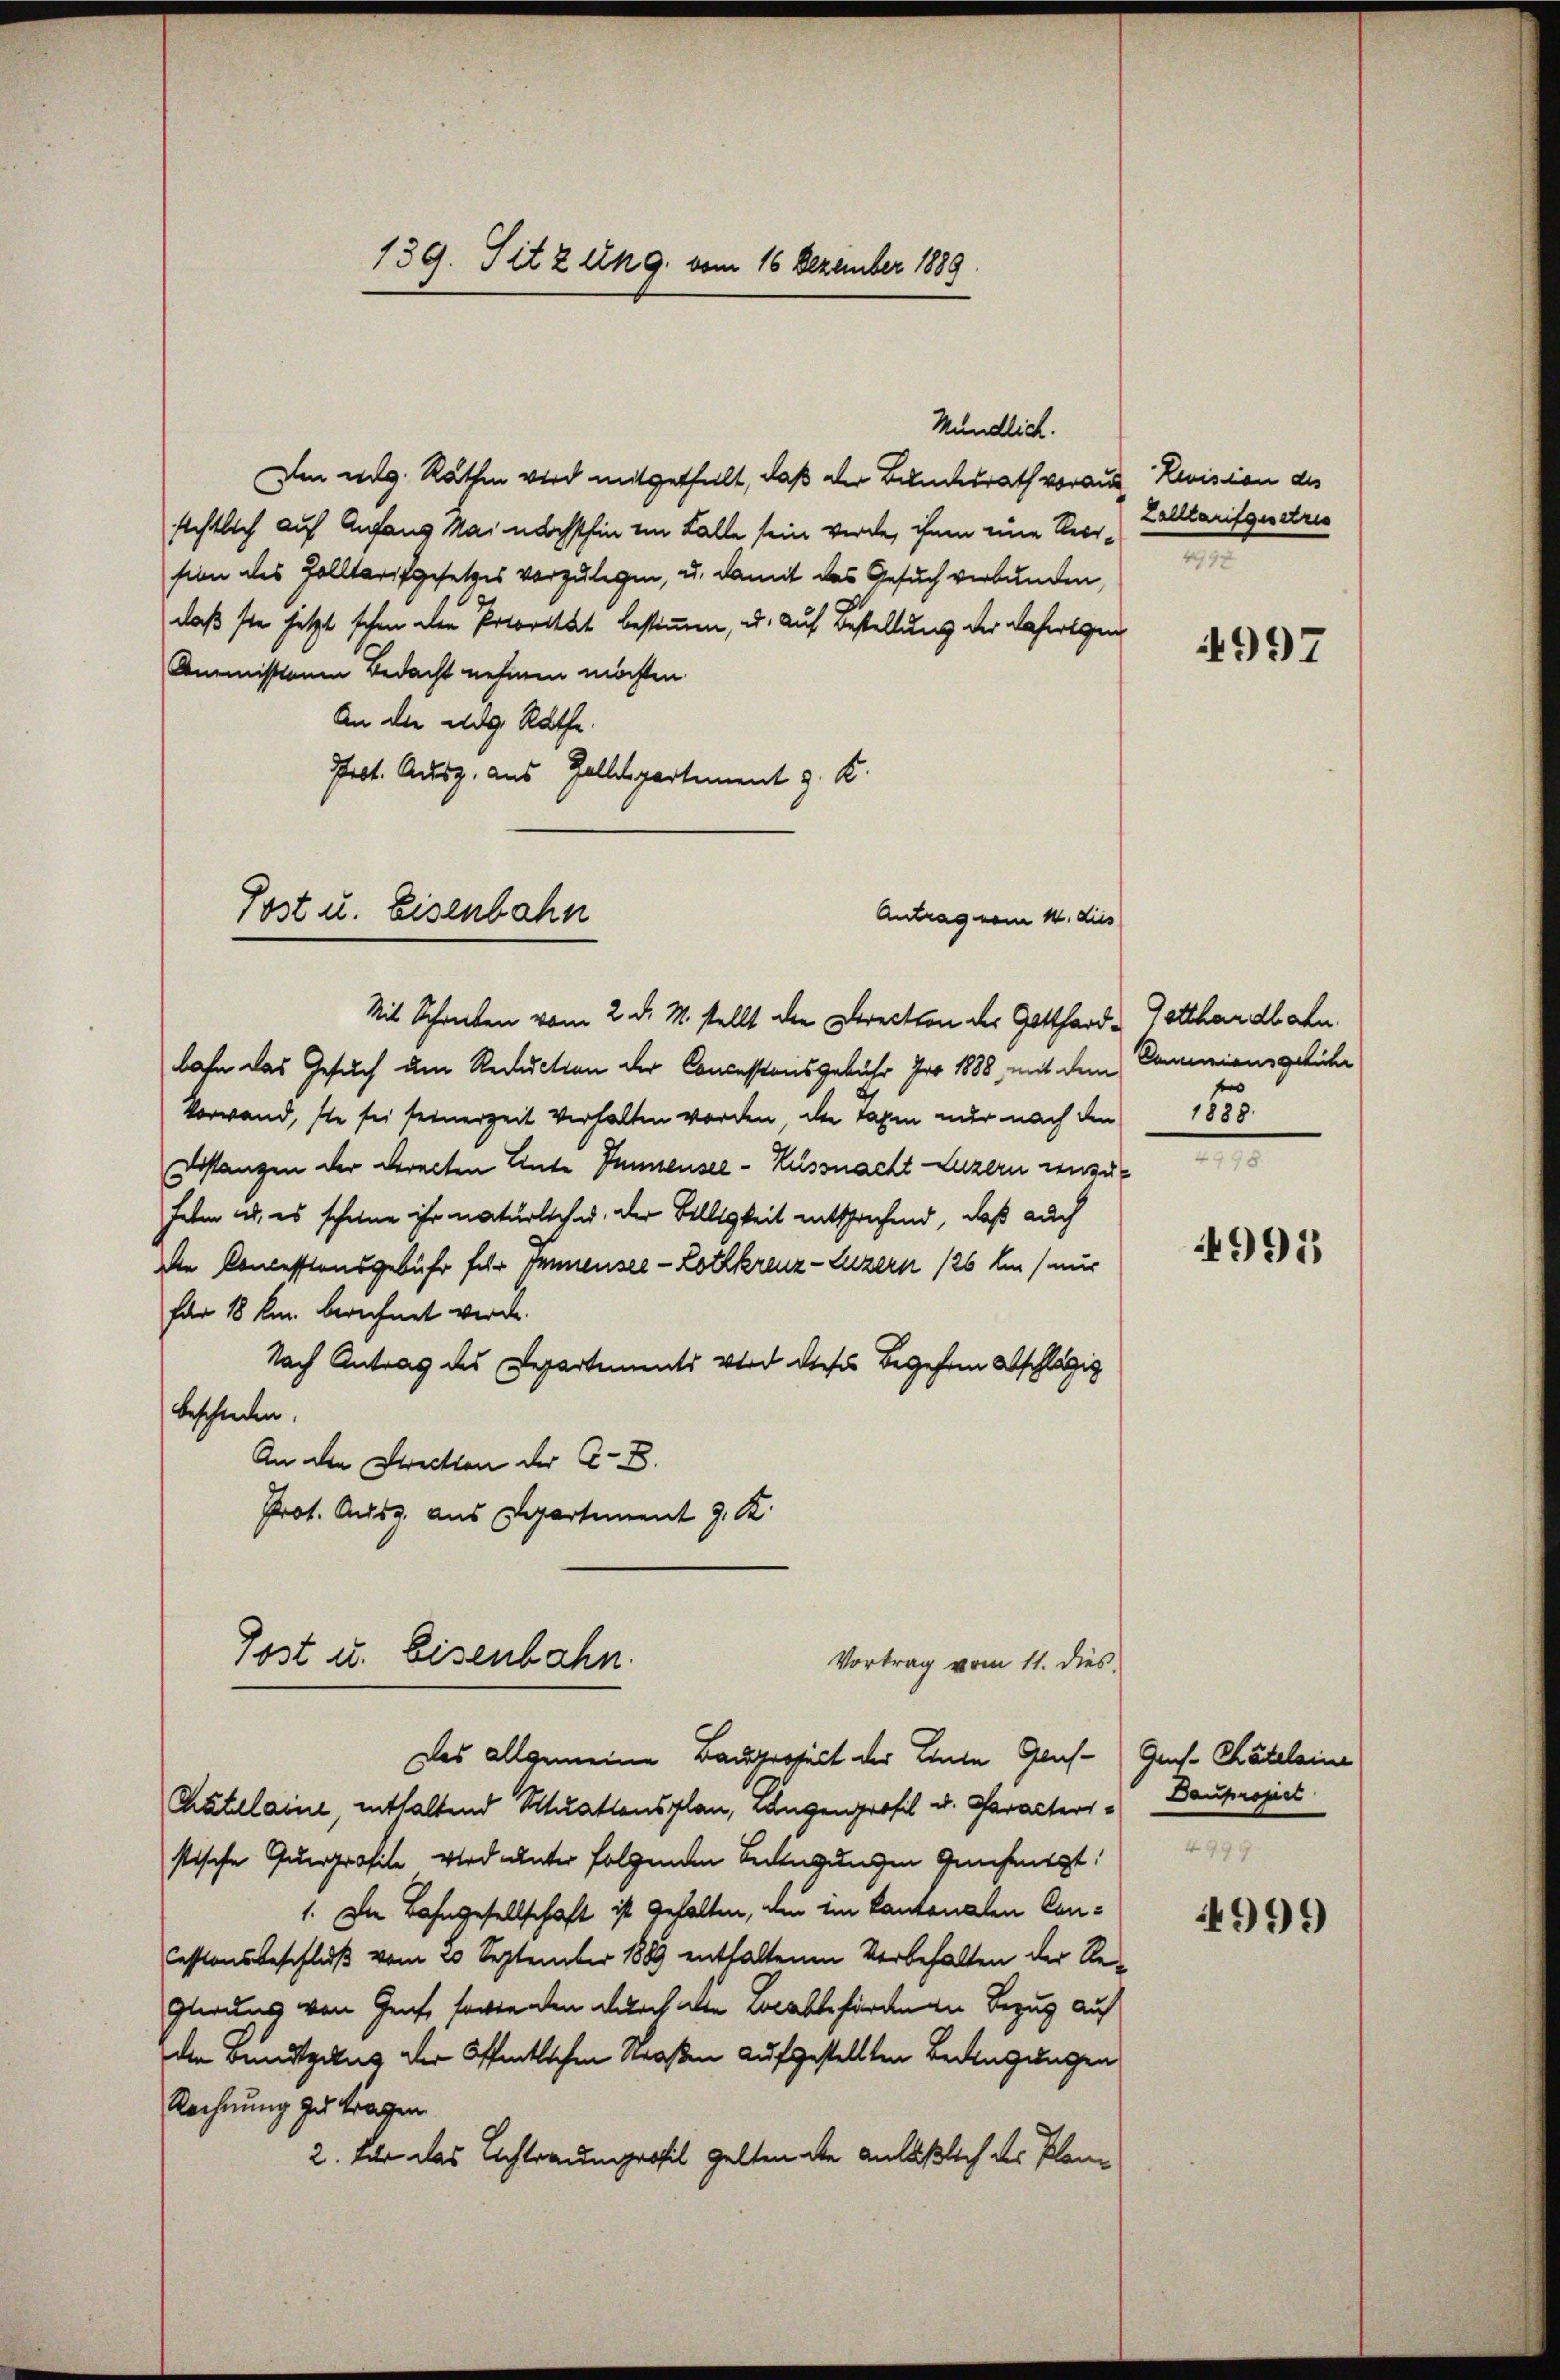
Mit Schreiben vom 2. d. M. stellt die Direction der Gotthard- Gotthardbahn
bahn das Gesuch um Reduction der Concessionsgebühr pro 1888, mit dem Damiansgebühr
Vorwand, sie sei seinerzeit verhalten worden, die Taxen nur nach den
stanzen der Directen Ante Sumensee - Küssnacht Luzern unser
Fehm ab, es scheine ihr natürlich u. der Belligkeit entsprechend, daß auch
Die Concessionsgebühr für Immensee-Lothkreuz-Luzern 126 li mir
für 18 km. berechnet werde.
Nach Antrag des Departements wird dieses Begehen abschlägig
bescheiden.
An der Direction der C. S.
Prot. Ausg. aus Departement J. K.

139. Sit 2 dkg. vom 16 Dezember 1889

Post u. Eisenbahn

Ien weg. Räthen wird mitgethalt, daß der Bundesrath voraus Revision des
sichtlich auf Anfang Mai nächsthin im Falle sein werde, ihnen eine Reser Zalltarifgestrie
sion des Zolltarifgesetzes vorzulegen, u. damit das Gesuch verbunden,
daß sie jetzt schon den Potorität bestimmen, u. auf Bestellung der daherigen
Aministiani bedacht nehmen möchten.
An die weg. Rathe
Prot. Ausz. aus Zolldepartement z. K.

Antrag vom 14. dies

Post u. Eisenbahn.
Vortrag vom 11. dies

Kundlich.

e

Das allgemeine Baugroseit der Leute Grus-Ges. Chäteleine
Chatelaine, enthaltend Situationsplan, Langenprofil u. Caracters Baupropiet
stische Gunprofile wird unter folgenden Bedingungen Genehmigt.
1. Die Bahngesellschaft ist gehalten, den im Kantonalen Con¬
Cessionsbeschluß vom 20 September 1889 enthaltenen Verbehalten der Re¬
Glerung von Genf, fordenten durch alte Localbeförden an Bezug auf
die Benutzung der öffentlichen Straßen aufgestellten Bedingungen
Rechnung zu tragen.
2. Für das Achtraumprofil gelten die anläßlich des Plan¬

4997

1850.

995

49

4999